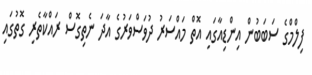
ފިލްމްގެ ސަބަބުން އިންޑިއާގައި އޮތް މައްސަރު ދުވަސްވަރުގެ އާދަ ނެތިގޮސް ރައްކާތެރި ގޮތުގައި